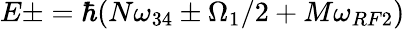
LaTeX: E\pm=\hbar(N\omega_{34}\pm\Omega_{1}/2+M\omega_{RF2})